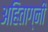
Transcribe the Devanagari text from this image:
अहिताग्नी